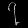
Digit: ၇